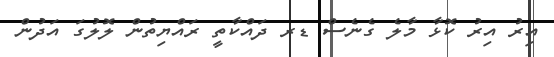
އިރު އިރު ކޮޅާ މާލެ ގެނެސް ޑރ ދައްކާތީ ރައްޔިތުން ލޮލުގަ އަދުން